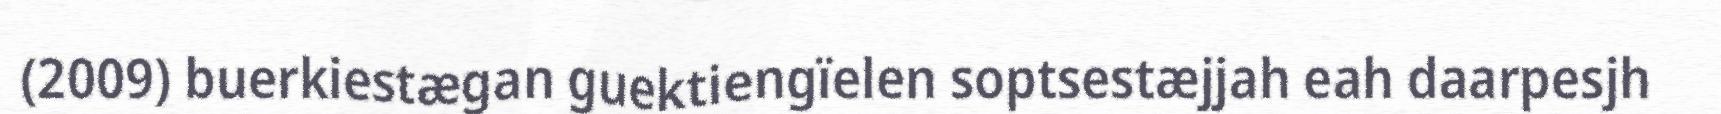
(2009) buerkiestægan guektiengïelen soptsestæjjah eah daarpesjh